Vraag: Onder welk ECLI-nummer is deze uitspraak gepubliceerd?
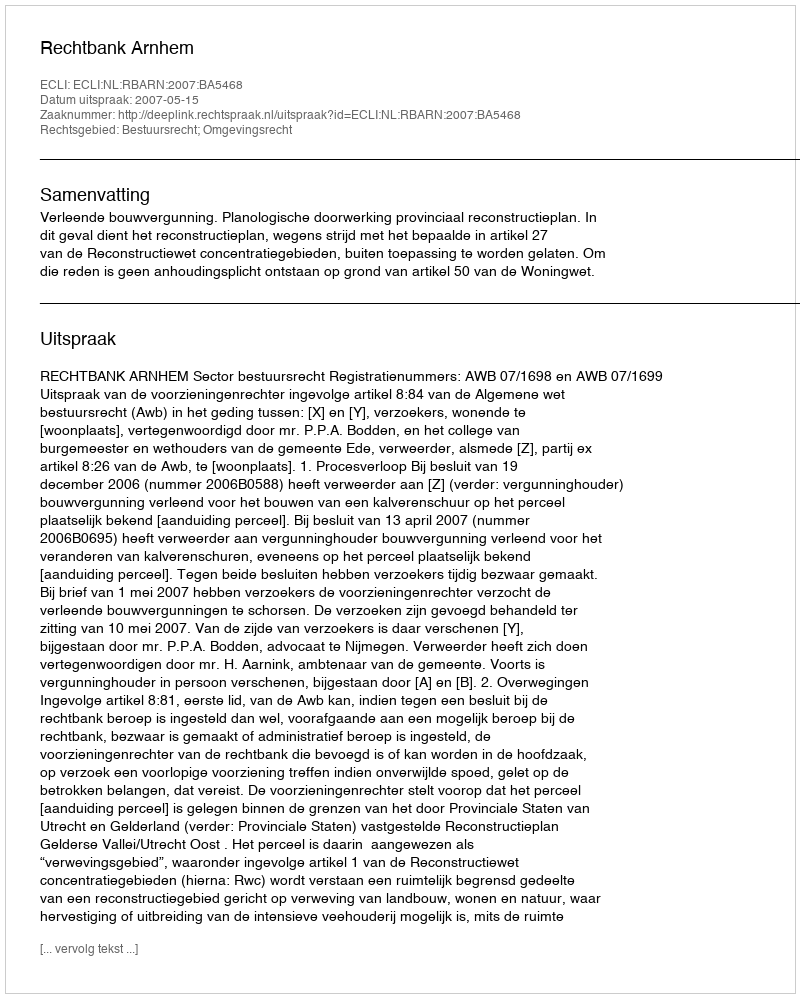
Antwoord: ECLI:NL:RBARN:2007:BA5468